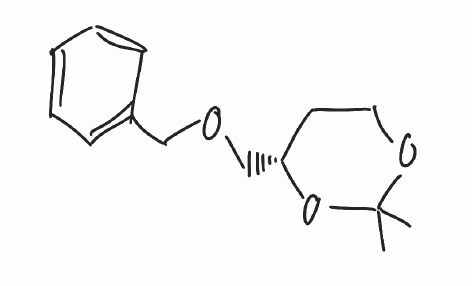
Simplified molecular-input line-entry system (SMILES) notation of the given molecule:
CC1(OCC[C@H](O1)COCC2=CC=CC=C2)C